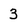
Character: 3